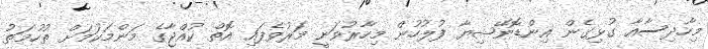
މިހާދިސާއާ ގުޅިގެން އިންޑޮނޭޝިޔާ ފުލުހުން މިހާރުވަނީ މަރުވެފައި އޮތް ކުއްޖާގެ މަންމަކަމަށް ތުހުމަތު